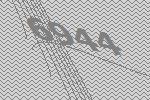
6944